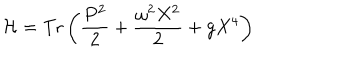
LaTeX: { \cal H } = \mathrm { T r } \left( \frac { P ^ { 2 } } { 2 } + \frac { \omega ^ { 2 } X ^ { 2 } } { 2 } + g X ^ { 4 } \right)